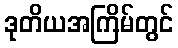
ဒုတိယအကြိမ်တွင်